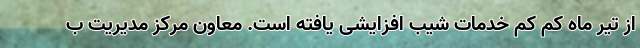
از تیر ماه کم کم خدمات شیب افزایشی یافته است. معاون مرکز مدیریت ب